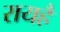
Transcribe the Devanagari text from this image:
रायहै